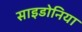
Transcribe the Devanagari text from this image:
साइडोनिया